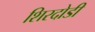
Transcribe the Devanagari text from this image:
शिरदोडी